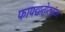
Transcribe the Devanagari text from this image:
फायद्यातोट्यांवर